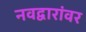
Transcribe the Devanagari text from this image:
नवद्वारांवर